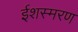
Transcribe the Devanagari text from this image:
ईशस्मरण